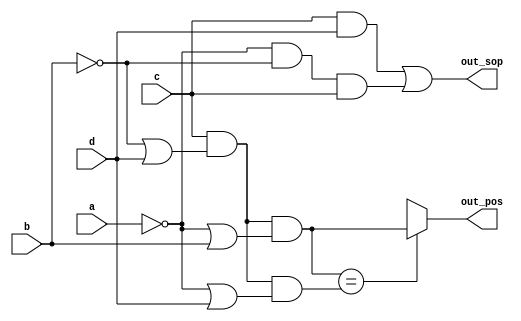
// This program was cloned from: https://github.com/milind7777/VerilogDocGen
// License: MIT License

module ece241_2013_q2 (
  input a,
  input b,
  input c,
  input d,
  output out_sop,
  output out_pos

);

  wire pos0, pos1;
  assign out_sop = c&d | ~a&~b&c;
  assign pos0 = c & (~b|d)&(~a|b);
  assign pos1 = c & (~b|d)&(~a|d);

  assign out_pos = (pos0 == pos1) ? pos0 : 1'bx;
endmodule